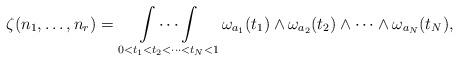
LaTeX: \begin{align*}\begin{aligned}\zeta(n_1,\ldots,n_r) &=\mathop {\int \cdots \int}_{0<t_1<t_2<\cdots<t_N<1} \omega_{a_1}(t_1)\wedge \omega_{a_2}(t_2)\wedge \cdots \wedge \omega_{a_N}(t_{N}),\end{aligned} \end{align*}